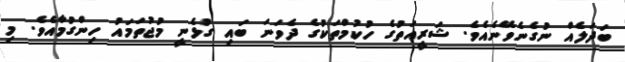
ބަދަލެއް ނުގެނެވޭނެއެވެ. ޝަރީއަތުގެ ހުކުމްތަކުގެ ދެވަނަ ބައި ގުޅެނީ މުޖުތަމައު ހިންގުމާއެވެ. މި